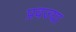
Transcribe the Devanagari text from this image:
प्रवज्या